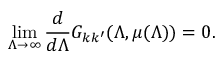
\operatorname * { l i m } _ { \Lambda \to \infty } \frac { d } { d \Lambda } G _ { k k ^ { \prime } } ( \Lambda , \mu ( \Lambda ) ) = 0 .